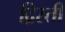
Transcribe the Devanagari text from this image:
द्रिस्ती